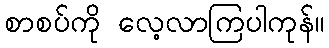
စာစပ်ကို လေ့လာကြပါကုန်။